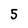
Character: 5